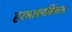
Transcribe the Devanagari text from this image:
हरभजनसिंगला